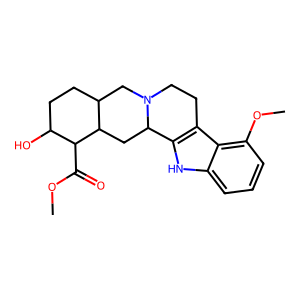
SMILES: COC(=O)C1C(O)CCC2CN3CCc4c([nH]c5cccc(OC)c45)C3CC21
Inhibits HIV replication: No